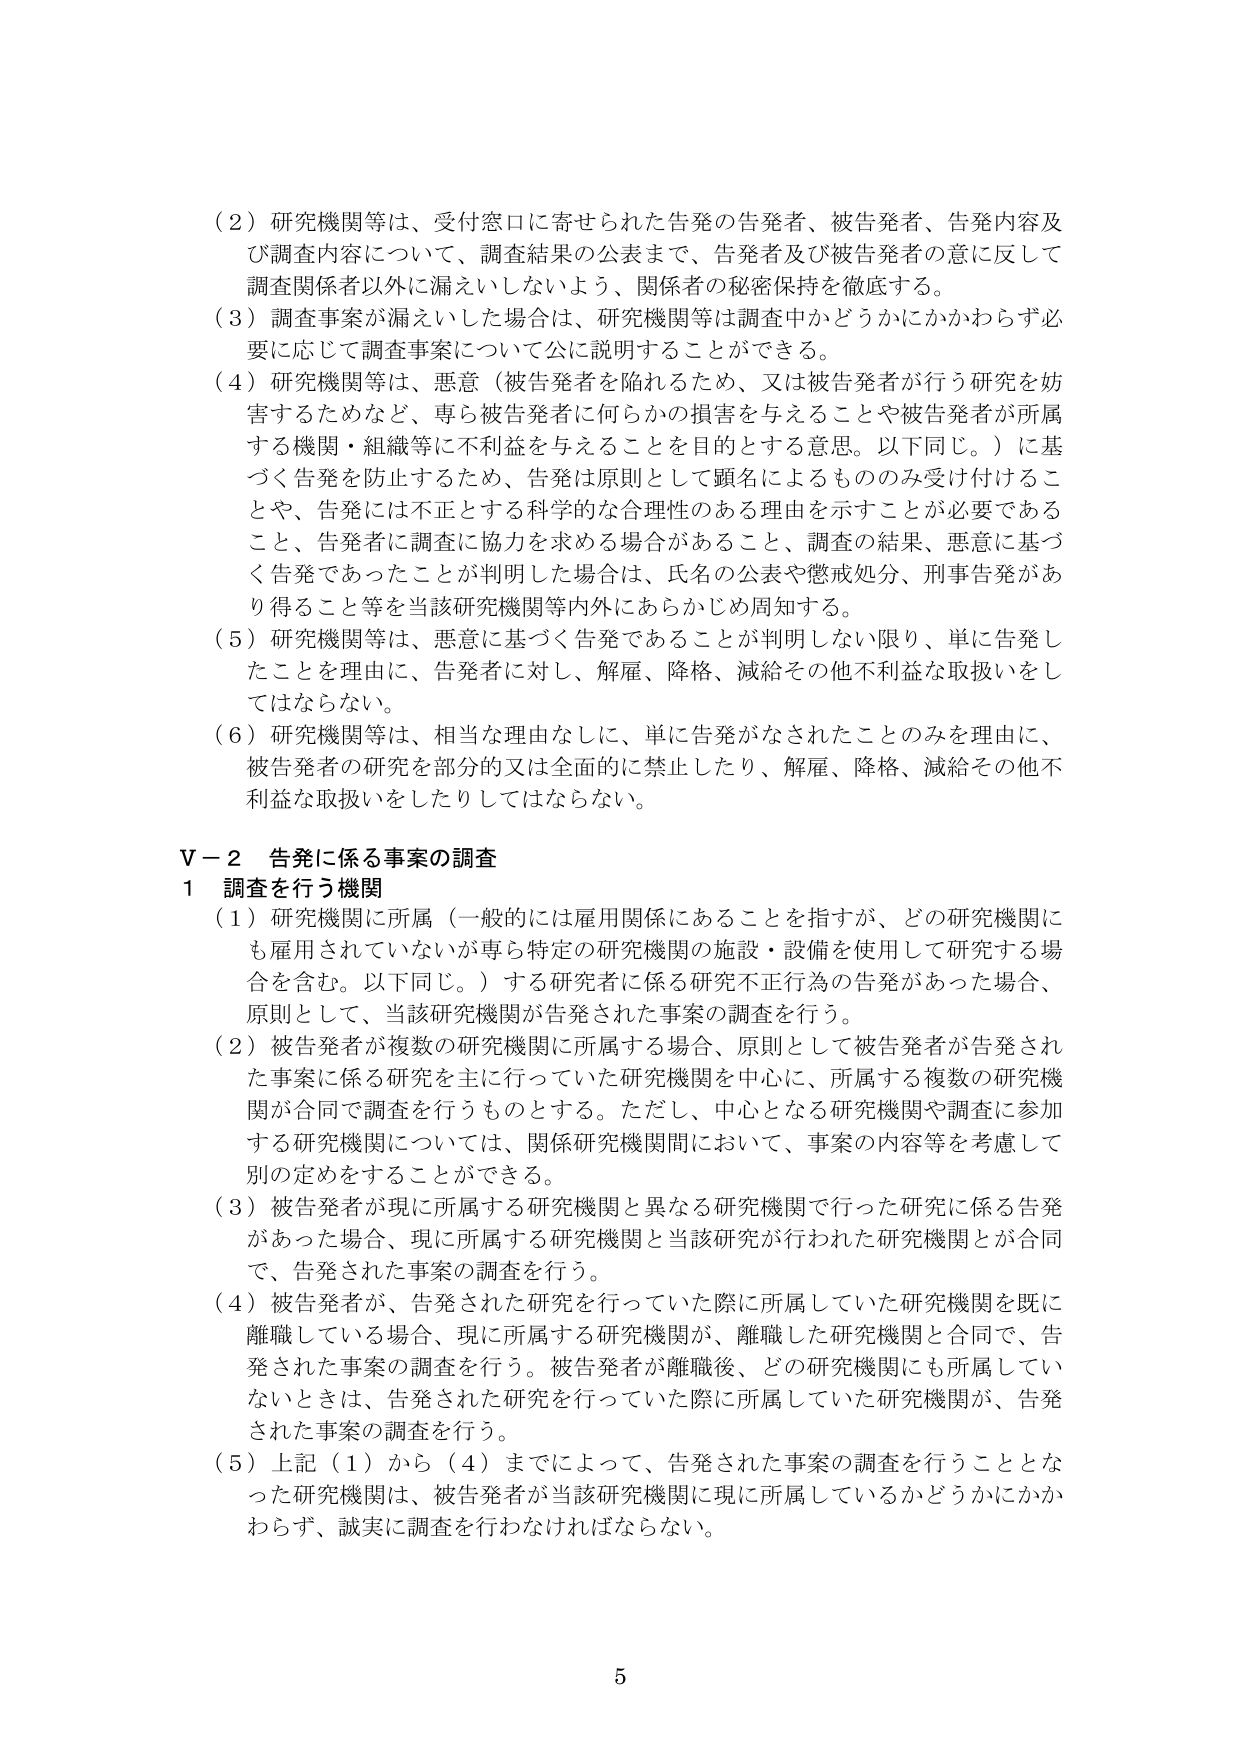
（２）研究機関等は、受付窓口に寄せられた告発の告発者、被告発者、告発内容及び調査内容について、調査結果の公表まで、告発者及び被告発者の意に反して調査関係者以外に漏えいしないよう、関係者の秘密保持を徹底する。

（３）調査事案が漏えいした場合は、研究機関等は調査中かどうかにかかわらず必要に応じて調査事案について公に説明することができる。

（４）研究機関等は、悪意（被告発者を陥れるため、又は被告発者が行う研究を妨害するためなど、専ら被告発者に何らかの損害を与えることや被告発者が所属する機関・組織等に不利益を与えることを目的とする意思。以下同じ。）に基づく告発を防止するため、告発は原則として顔名によるもののみ受け付けることや、告発には不正とする科学的な合理性のある理由を示すことが必要であること、告発者に調査に協力を求める場合があること、調査の結果、悪意に基づく告発であったことが判明した場合は、氏名の公表や懲戒処分、刑事告発があり得ること等を当該研究機関等内外にあらかじめ周知する。

（５）研究機関等は、悪意に基づく告発であることが判明しない限り、単に告発したことを理由に、告発者に対し、解雇、降格、減給その他不利益な取扱いをしてはならない。

（６）研究機関等は、相当な理由なしに、単に告発がなされたことのみを理由に、被告発者の研究を部分的又は全面的に禁止したり、解雇、降格、減給その他不利益な取扱いをしたりしてはならない。

Ｖ－２ 告発に係る事案の調査

１ 調査を行う機関

（１）研究機関に所属（一般的には雇用関係にあることを指すが、どの研究機関にも雇用されていないが専ら特定の研究機関の施設・設備を使用して研究する場合を含む。以下同じ。）する研究者に係る研究不正行為の告発があった場合、原則として、当該研究機関が告発された事案の調査を行う。

（２）被告発者が複数の研究機関に所属する場合、原則として被告発者が告発された事案に係る研究を主に行っていた研究機関を中心に、所属する複数の研究機関が合同で調査を行うものとする。ただし、中心となる研究機関や調査に参加する研究機関については、関係研究機関間において、事案の内容等を考慮して別の定めをすることができる。

（３）被告発者が現に所属する研究機関と異なる研究機関で行った研究に係る告発があった場合、現に所属する研究機関と当該研究が行われた研究機関とが合同で、告発された事案の調査を行う。

（４）被告発者が、告発された研究を行っていた際に所属していた研究機関を既に離職している場合、現に所属する研究機関が、離職した研究機関と合同で、告発された事案の調査を行う。被告発者が離職後、どの研究機関にも所属していないときは、告発された研究を行っていた際に所属していた研究機関が、告発された事案の調査を行う。

（５）上記（１）から（４）までによって、告発された事案の調査を行うこととなった研究機関は、被告発者が当該研究機関に現に所属しているかどうかにかかわらず、誠実に調査を行わなければならない。

5